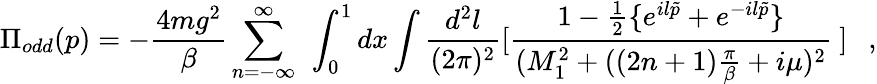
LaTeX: \Pi_{odd}(p)=-\frac{4mg^{2}}{\beta}\sum_{n=-\infty}^{\infty}~\int_{0}^{1}dx\int\frac{d^{2}l}{(2\pi)^{2}}[\frac{1-\frac{1}{2}\{ e^{il\tilde{p}}+e^{-il\tilde{p}}\} }{(M_{1}^{2}+((2n+1)\frac{\pi}{\beta}+i\mu)^{2}}~]~~~,